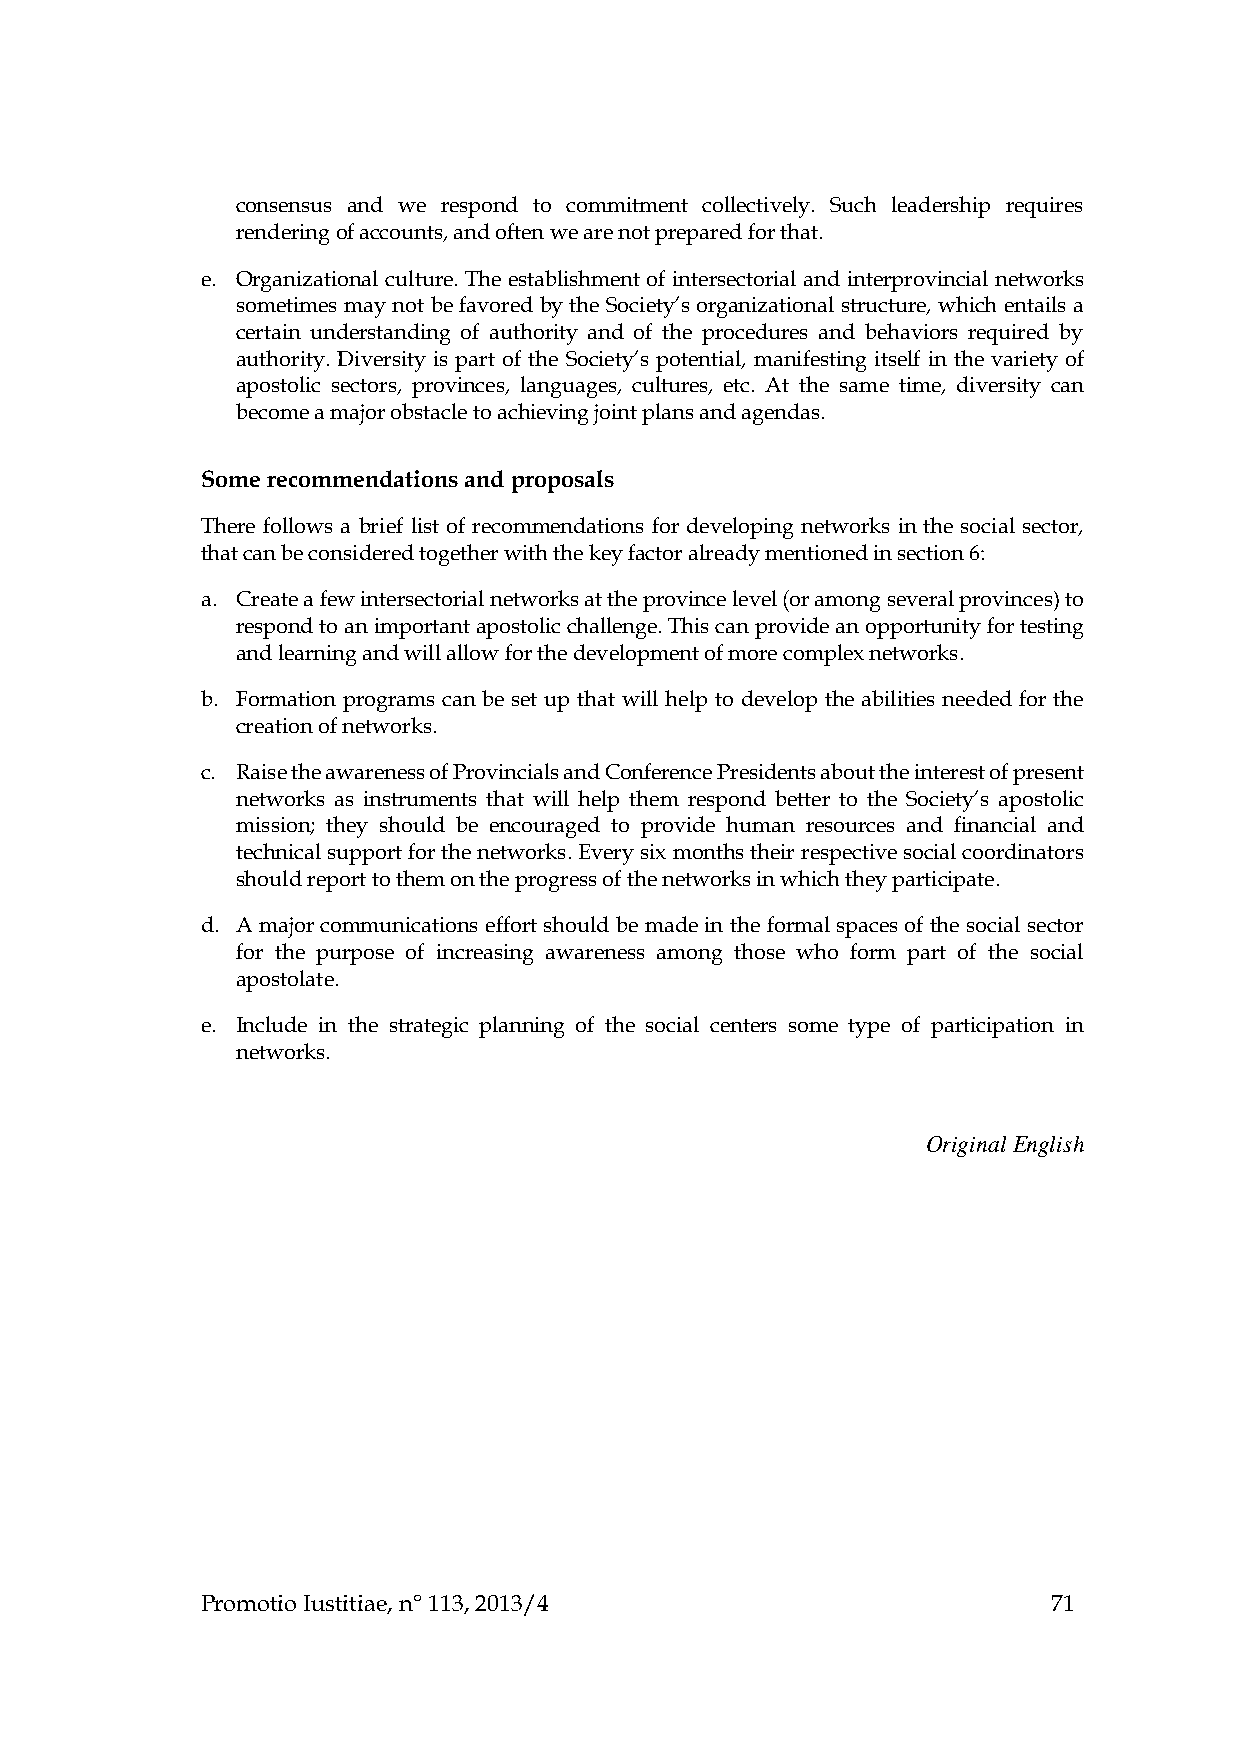
consensus and we respond to commitment collectively. Such leadership requires
 rendering of accounts, and often we are not prepared for that.
 e. Organizational culture. The establishment of intersectorial and interprovincial networks
 sometimes may not be favored by the Society’s organizational structure, which entails a
 certain understanding of authority and of the procedures and behaviors required by
 authority. Diversity is part of the Society’s potential, manifesting itself in the variety of
 apostolic sectors, provinces, languages, cultures, etc. At the same time, diversity can
 become a major obstacle to achieving joint plans and agendas.
 Some recommendations and proposals
 There follows a brief list of recommendations for developing networks in the social sector,
 that can be considered together with the key factor already mentioned in section 6:
 a. Create a few intersectorial networks at the province level (or among several provinces) to
 respond to an important apostolic challenge. This can provide an opportunity for testing
 and learning and will allow for the development of more complex networks.
 b. Formation programs can be set up that will help to develop the abilities needed for the
 creation of networks.
 c. Raise the awareness of Provincials and Conference Presidents about the interest of present
 networks as instruments that will help them respond better to the Society’s apostolic
 mission; they should be encouraged to provide human resources and financial and
 technical support for the networks. Every six months their respective social coordinators
 should report to them on the progress of the networks in which they participate.
 d. A major communications effort should be made in the formal spaces of the social sector
 for the purpose of increasing awareness among those who form part of the social
 apostolate.
 e. Include in the strategic planning of the social centers some type of participation in
 networks.
 Original English
 Promotio Iustitiae, n° 113, 2013/4                       71